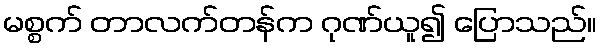
မစ္စက် တာလက်တန်က ဂုဏ်ယူ၍ ပြောသည်။